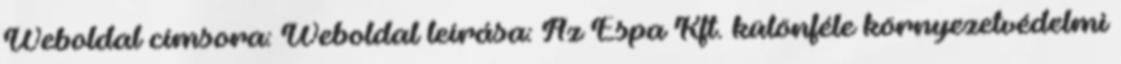
Weboldal címsora: Weboldal leírása: Az Espa Kft. különféle környezetvédelmi